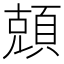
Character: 𬱆